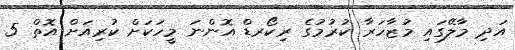
އަދި މާލޭގައި މުޒާހަރާ ކުރުމުގެ ރިކޯރޑް އޮންނަ މީހަކަށް ކުރިއަށް އޮތް 5